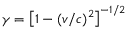
\gamma = \left[ 1 - ( v / c ) ^ { 2 } \right] ^ { - 1 / 2 }